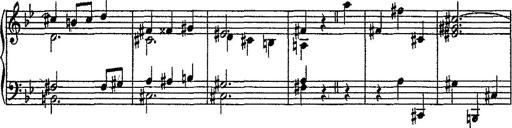
Title: Scherzo
Composer: Rogelio Villar
Key: D minor